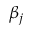
\beta _ { j }